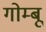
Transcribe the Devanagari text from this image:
गोम्बू